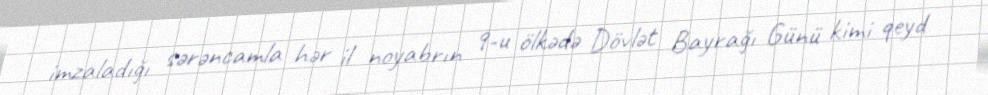
imzaladığı sərəncamla hər il noyabrın 9-u ölkədə Dövlət Bayrağı Günü kimi qeyd